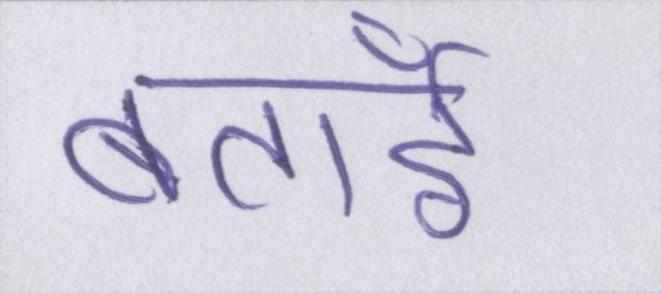
बताईँ